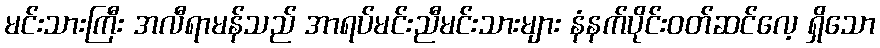
မင်းသားကြီး အလီရာမန်သည် အာရပ်မင်းညီမင်းသားများ နံနက်ပိုင်းဝတ်ဆင်လေ့ ရှိသော